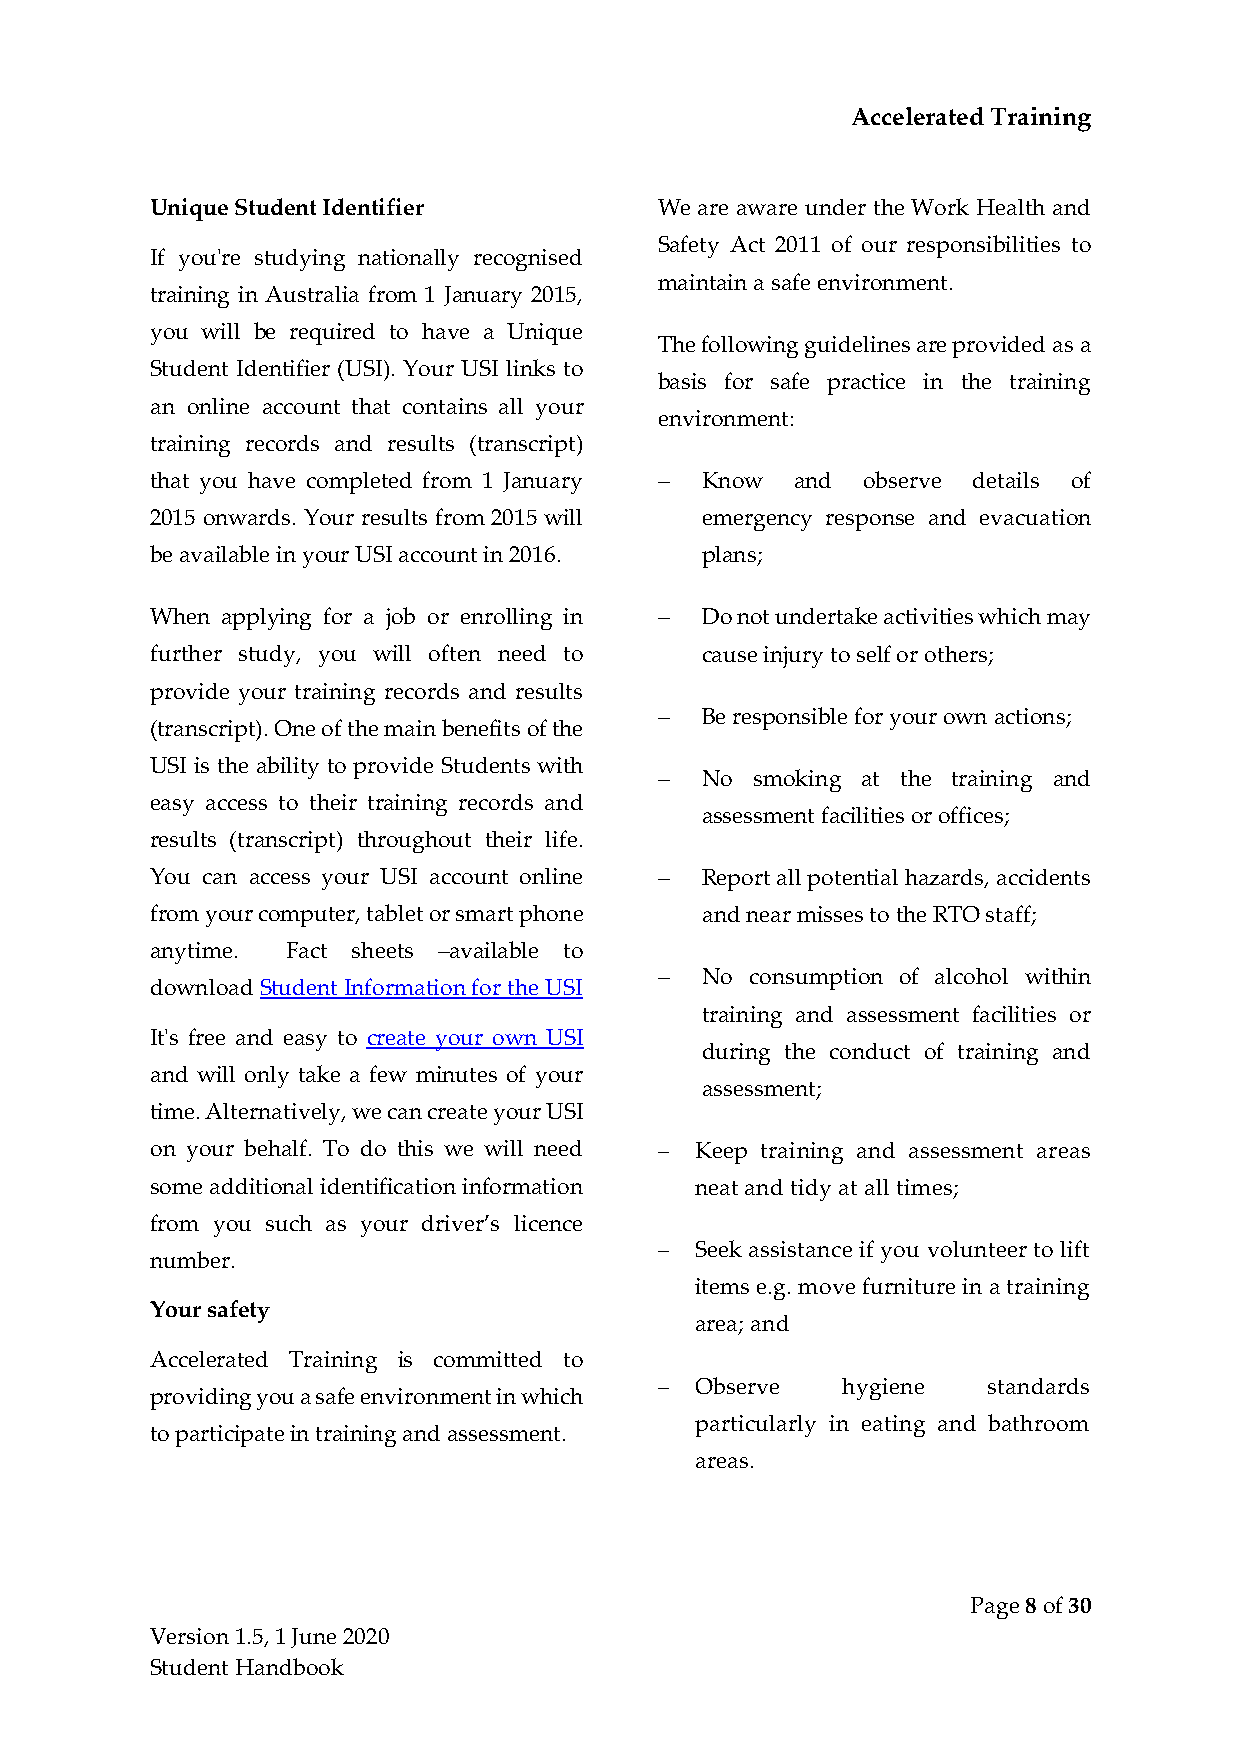
Accelerated Training
 Unique Student Identifier         We are aware under the Work Health and
 Safety Act 2011 of our responsibilities to
 If you're studying nationally recognised
 maintain a safe environment.
 training in Australia from 1 January 2015,
 you will be required to have a Unique
 The following guidelines are provided as a
 Student Identifier (USI). Your USI links to
 basis for safe practice in the training
 an online account that contains all your
 environment:
 training records and results (transcript)
 that you have completed from 1 January − Know and observe details of
 2015 onwards. Your results from 2015 will emergency response and evacuation
 be available in your USI account in 2016. plans;
 When applying for a job or enrolling in − Do not undertake activities which may
 further study, you will often need to cause injury to self or others;
 provide your training records and results
 − Be responsible for your own actions;
 (transcript). One of the main benefits of the
 USI is the ability to provide Students with
 − No  smoking at the training and
 easy access to their training records and
 assessment facilities or offices;
 results (transcript) throughout their life.
 You can access your USI account online − Report all potential hazards, accidents
 from your computer, tablet or smart phone and near misses to the RTO staff;
 anytime. Fact sheets –available to
 − No  consumption of alcohol within
 download Student Information for the USI
 training and assessment facilities or
 It's free and easy to create your own USI
 during the conduct of training and
 and will only take a few minutes of your
 assessment;
 time. Alternatively, we can create your USI
 on your behalf. To do this we will need − Keep training and assessment areas
 some additional identification information neat and tidy at all times;
 from you such as your driver’s licence
 − Seek assistance if you volunteer to lift
 number.
 items e.g. move furniture in a training
 Your safety
 area; and
 Accelerated Training is committed to
 − Observe   hygiene  standards
 providing you a safe environment in which
 particularly in eating and bathroom
 to participate in training and assessment.
 areas.
 Page 8 of 30
 Version 1.5, 1 June 2020
 Student Handbook